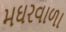
મઘરવાળા